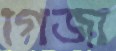
গির্জা